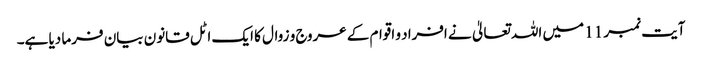
آیت نمبر 11 میں اللہ تعالیٰ نے افراد و اقوام کے عروج و زوال کا ایک اٹل قانون بیان فرما دیا ہے۔